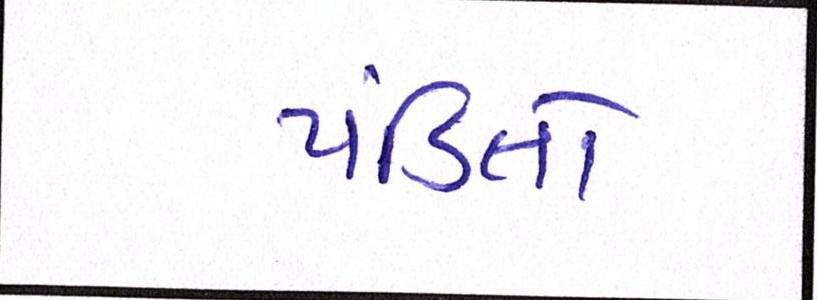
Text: પંડિતો